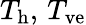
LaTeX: T_{\mathrm{h}},\, T_{\mathrm{ve}}